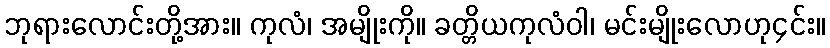
ဘုရားလောင်းတို့အား။ ကုလံ၊ အမျိုးကို။ ခတ္တိယကုလံဝါ၊ မင်းမျိုးလောဟု၄င်း။